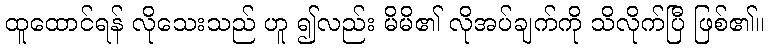
ထူထောင်ရန် လိုသေးသည် ဟူ ၍လည်း မိမိ၏ လိုအပ်ချက်ကို သိလိုက်ပြီ ဖြစ်၏။